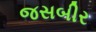
જસબીર